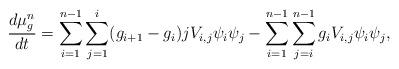
LaTeX: \begin{align*} \frac{d\mu_g^n}{dt} &= \sum_{i=1}^{n-1}\sum_{j=1}^{i}(g_{i+1}-g_i)jV_{i,j}\psi_i\psi_j - \sum_{i=1}^{n-1}\sum_{j=i}^{n-1}g_{i}V_{i,j}\psi_i\psi_j,\end{align*}